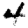
Digit: 4